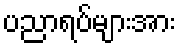
ပညာရပ်များအား